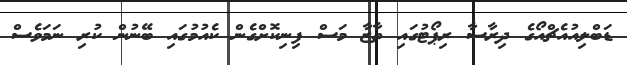
ޑަބްލިއުއެޗްއޯގެ ދިރާސާ ރިޕޯޓުގައި ތާޒާ މަސް ފިނިކޮށްގެން ކެއުމުގައި ބޭނުން ކުރި ނަމަވެސް